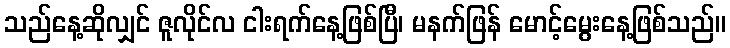
သည်နေ့ဆိုလျှင် ဇူလိုင်လ ငါးရက်နေ့ဖြစ်ပြီ၊ မနက်ဖြန် မောင့်မွေးနေ့ဖြစ်သည်။